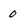
Character: 0